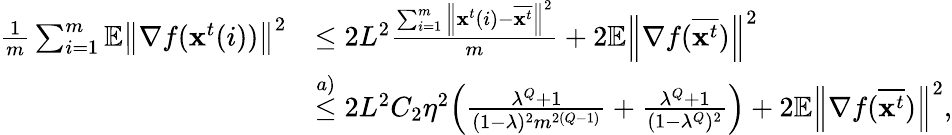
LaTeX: \begin{array}{rl}{\frac{1}{m}\sum_{i=1}^{m}\mathbb{E}\left\| \nabla f(\mathbf{x}^{t}(i))\right\| ^{2}}&{\leq 2L^{2}\frac{\sum_{i=1}^{m}\left\| \mathbf{x}^{t}(i)-\overline{{\mathbf{x}^{t}}}\right\| ^{2}}{m}+2\mathbb{E}\left\| \nabla f(\overline{{\mathbf{x}^{t}}})\right\| ^{2}}\\ &{\overset{a)}{\leq}2L^{2}C_{2}\eta^{2}\Big(\frac{\lambda^{Q}+1}{(1-\lambda)^{2}m^{2(Q-1)}}+\frac{\lambda^{Q}+1}{(1-\lambda^{Q})^{2}}\Big)+2\mathbb{E}\left\| \nabla f(\overline{{\mathbf{x}^{t}}})\right\| ^{2},}\end{array}